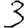
Digit: 3